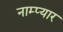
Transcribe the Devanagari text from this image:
नाम्प्यार